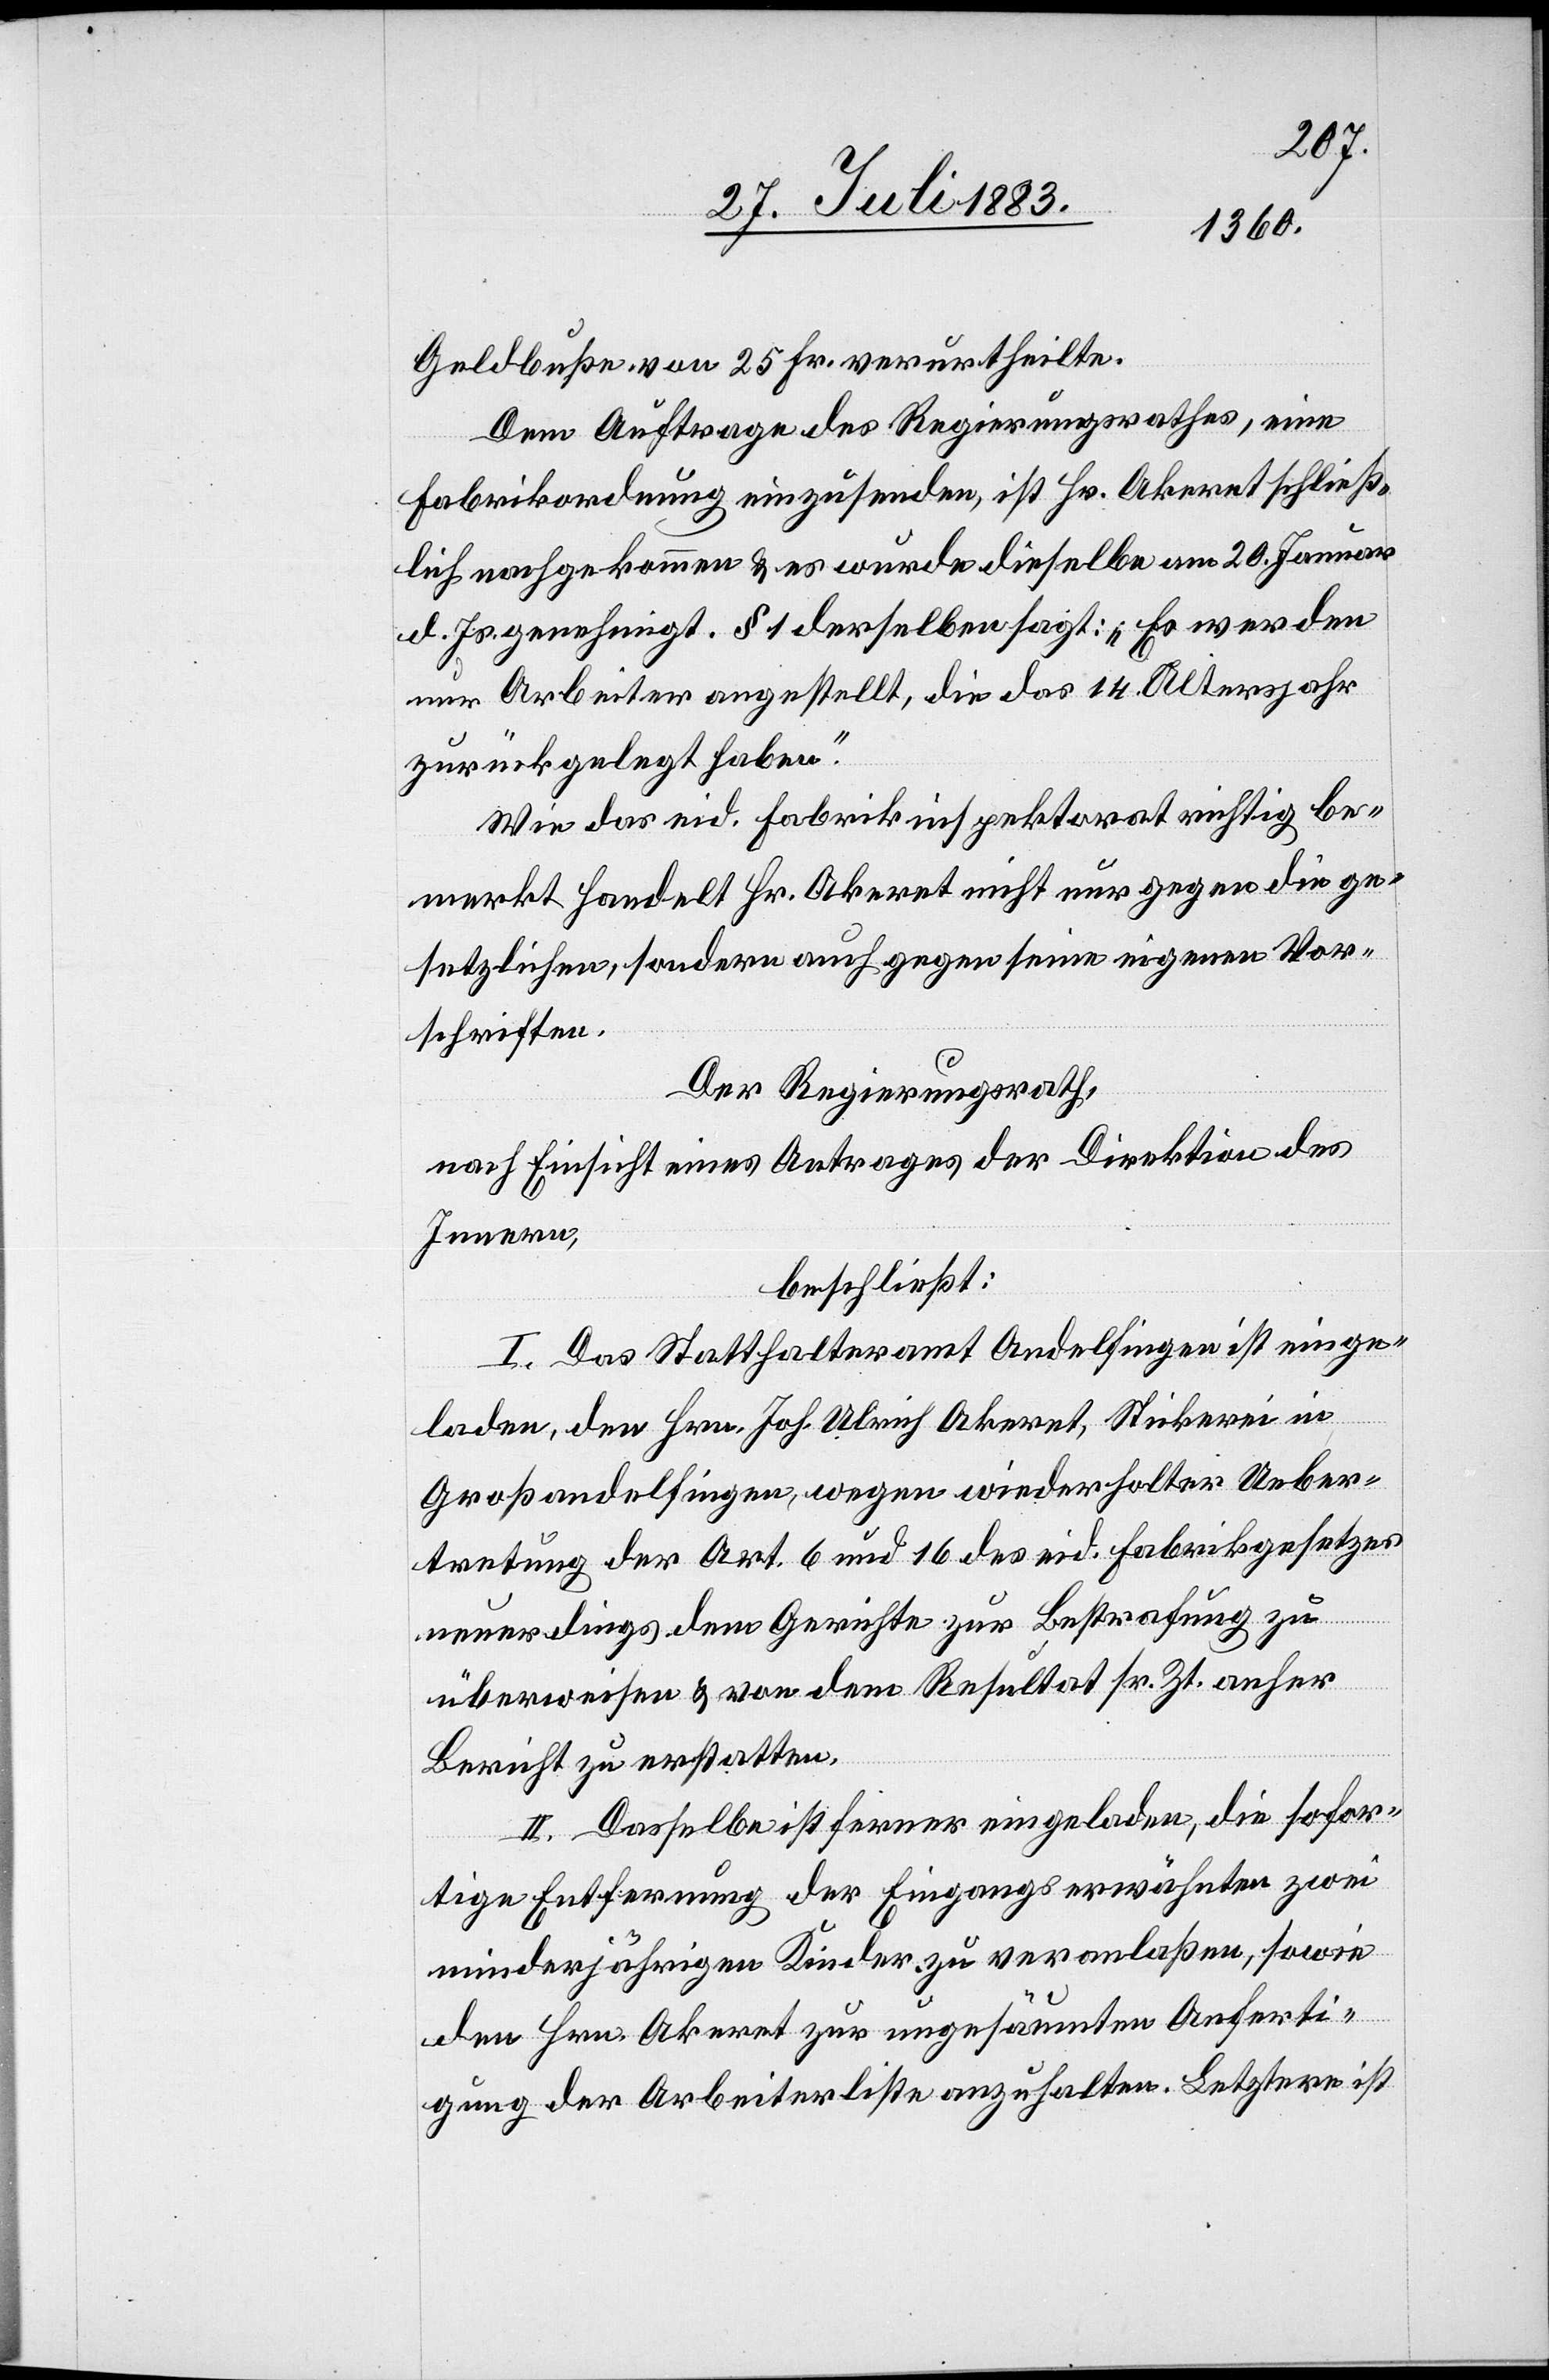
Geldbuße von 25 Fr. verurtheilte.
Dem Auftrage des Regierungsrathes, eine
Fabrikordnung einzusenden, ist Hr. Akeret schließ¬
lich nachgekommen & es wurde dieselbe am 20. Januar
d. Js. genehmigt. § 1 derselben sagt: „Es werden
nur Arbeiter angestellt, die das 14. Altersjahr
zurückgelegt haben.“
Wie das eid. Fabrikinspektorat richtig be¬
merkt handelt Hr. Akeret nicht nur gegen die ge¬
setzlichen, sondern auch gegen seine eigenen Vor¬
schriften.
Der Regierungsrath,
nach Einsicht eines Antrages der Direktion des
Innern,
beschließt:
I. Das Statthalteramt Andelfingen ist einge¬
laden, den Hrn. Joh. Ulrich Akeret, Stickerei in
Großandelfingen, wegen wiederholter Ueber¬
tretung der Art. 6 und 16 des eid. Fabrikgesetzes
neuerdings dem Gerichte zur Bestrafung zu
überweisen & von dem Resultat sr. Zt. anher
Bericht zu erstatten.
II. Dasselbe ist ferner eingeladen, die sofor¬
tige Entfernung der Eingangs erwähnten zwei
minderjährigen Kinder zu veranlaßen, sowie
den Hrn. Akeret zur ungesäumten Anferti¬
gung der Arbeiterliste anzuhalten. Letztere ist